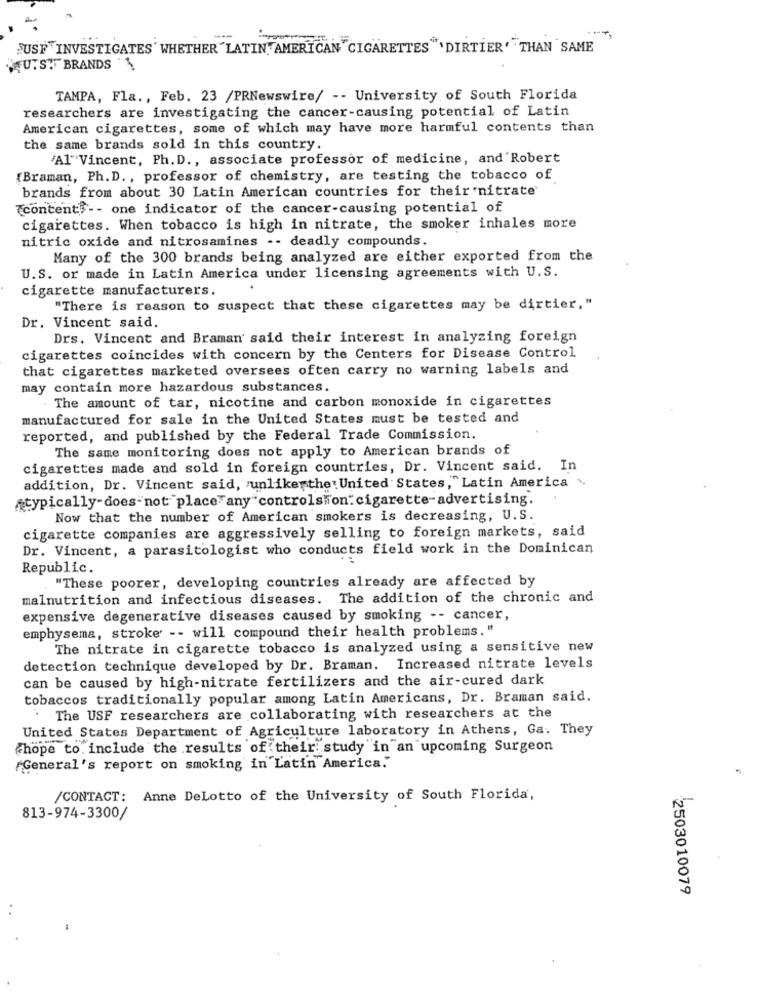
-
FUSE INVESTIGATES' WHETHER "LATIN" AMERICAN " CIGARETTES "' DIRTIER' THAN SAME
U.S. BRANDS
TAMPA, Fla ., Feb. 23 /PRNewswire/ -- University of South Florida
researchers are investigating the cancer-causing potential of Latin
American cigarettes, some of which may have more harmful contents than
the same brands sold in this country.
Al"Vincent, Ph. D ., associate professor of medicine, and'Robert
(Braman, Ph. D. , professor of chemistry, are testing the tobacco of
brands from about 30 Latin American countries for their nitrate
content -- one indicator of the cancer-causing potential of
cigarettes. When tobacco is high in nitrate, the smoker inhales more
nitric oxide and nitrosamines -- deadly compounds.
Many of the 300 brands being analyzed are either exported from the
U.S. or made in Latin America under licensing agreements with U.S.
cigarette manufacturers.
"There is reason to suspect that these cigarettes may be dirtier, "
Dr. Vincent said.
Drs. Vincent and Braman said their interest in analyzing foreign
cigarettes coincides with concern by the Centers for Disease Control
that cigarettes marketed oversees often carry no warning labels and
may contain more hazardous substances.
The amount of tar, nicotine and carbon monoxide in cigarettes
manufactured for sale in the United States must be tested and
reported, and published by the Federal Trade Commission.
The same monitoring does not apply to American brands of
cigarettes made and sold in foreign countries, Dr. Vincent said. In
addition, Dr. Vincent said, unlike the United States,"Latin America .
„typically-does not place any"controlshon: cigarette-advertising.
Now that the number of American smokers is decreasing, U.S.
cigarette companies are aggressively selling to foreign markets, said
Dr. Vincent, a parasitologist who conducts field work in the Dominican
Republic.
"These poorer, developing countries already are affected by
malnutrition and infectious diseases. The addition of the chronic and
expensive degenerative diseases caused by smoking -- cancer,
emphysema, stroke -- will compound their health problems."
The nitrate in cigarette tobacco is analyzed using a sensitive new
detection technique developed by Dr. Braman. Increased nitrate levels
can be caused by high-nitrate fertilizers and the air-cured dark
tobaccos traditionally popular among Latin Americans, Dr. Braman said.
The USF researchers are collaborating with researchers at the
United States Department of Agriculture laboratory in Athens, Ga. They
chope to. include the results of their study in an upcoming Surgeon
"General's report on smoking in Latin America."
/CONTACT: Anne DeLotto of the University of South Florida,
813-974-3300/
2503010079